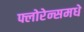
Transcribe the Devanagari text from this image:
फ्लोरेन्समधे